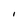
Character: l